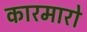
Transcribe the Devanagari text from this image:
कारमारो